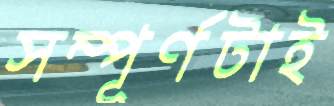
সম্পূর্ণটাই